Annual report on the mental hospital in the Central Provinces and Berar (Nagpur) - 1927-1951
Year: 1927
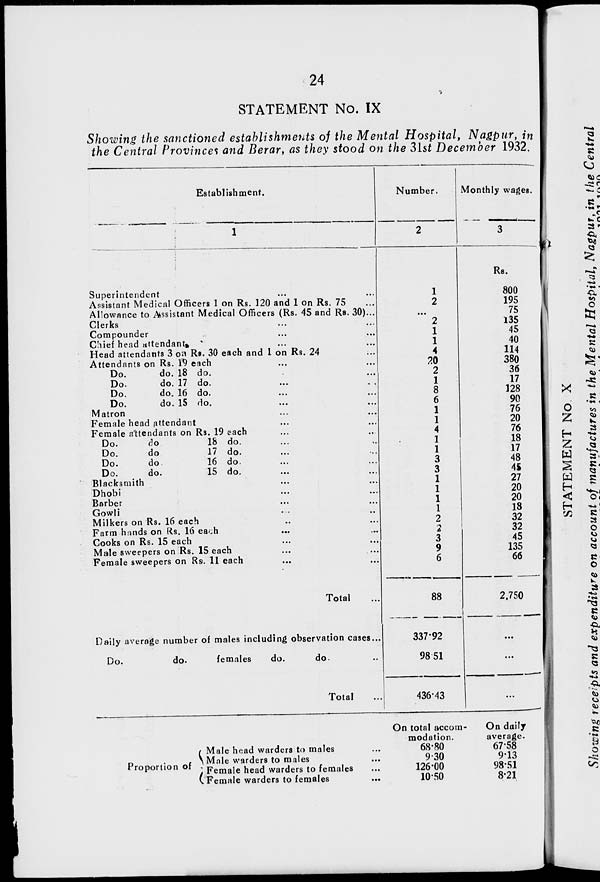
24
STATEMENT No. IX
Showing the sanctioned establishments of the Mental Hospital, Nagpur, in
the Central Provinces and Berar, as they stood on the 31st December 1932.
Establishment.
1
Superintendent ...
Assistant Medical Officers 1 on Rs. 120 and 1 on Rs. 75 ...
Allowance to Assistant Medical Officers (Rs. 45 and Rs. 30)...
Clerks ...
Compounder ...
Chief head attendant. ...
Head attendants 3 on Rs. 30 each and 1 on Rs. 24 ...
Attendants on Rs. 19 each ...
Do.
do. 18 do. ...
Do.
do. 17 do. ...
Do.
do. 16 do. ...
Do.
do. 15 do. ...
Matron ...
Female head attendant ...
Female attendants on Rs. 19 each ...
Do.
do
18 do. ...
Do.
do
17 do. ...
Do.
do.
16 do. ...
Do.
do.
15 do. ...
Blacksmith ...
Dhobi ...
Barber ...
Gowli
...
Milkers on Rs. 16 each ...
Farm hands on Rs. 16 each ...
Cooks on Rs. 15 each ...
Male sweepers on Rs. 15 each ...
Female sweepers on Rs. 11 each ...
Total ...
Daily average number of males including observation cases...
Do.
do.
females
do.
do. ...
Total ...
Number.
2
1
2
...
2
1
1
4
20
2
1
8
6
1
1
4
1
1
3
3
1
1
1
1
2
2
3
9
6
88
337.92
98.51
436.43
Monthly wages.
3
Rs.
800
195
75
135
45
40
114
380
36
17
128
90
76
20
76
18
17
48
45
27
20
20
18
32
32
45
135
66
2,750
...
...
...
Proportion of
Male head warders to males
Male warders to males
Female head warders to females
Female warders to females
On total accom-
modation.
68.80
9.30
126.00
10.50
On daily
average.
67.58
9.13
98.51
8.21